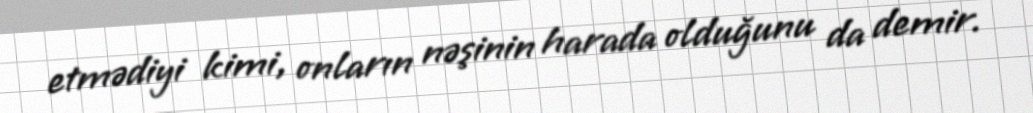
etmədiyi kimi, onların nəşinin harada olduğunu da demir.